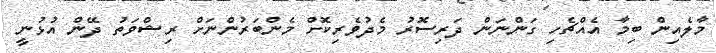
މާލެއިން ބިމާ އެއްޗެހި ގަންނަން ދަރިސޮރު މެދުވެރިކޮށް މެންބަރުންނަށް ރިޝްވަތު ދޭން އުޅުނީ